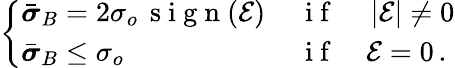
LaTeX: \begin{array}{r}{\left\{ \begin{array}{ll}{\bar{\boldsymbol{\sigma}}_{B}=2\sigma_{o}\, \mathrm{~s~i~g~n~}{\left(\mathcal{E}\right)}\, }&{\mathrm{~i~f~}\quad\left|\mathcal{E}\right|\ne 0}\\ {\bar{\boldsymbol{\sigma}}_{B}\le\sigma_{o}}&{\mathrm{~i~f~}\quad\mathcal{E}=0\, .}\end{array}\right.}\end{array}